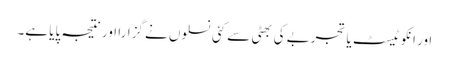
اور انکو ٹیسٹ یا تجربے کی بھٹی سے کئی نسلوں نے گزارا اور نتیجہ پایا ہے۔